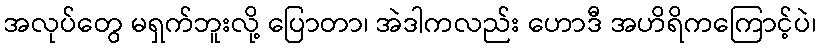
အလုပ်တွေ မရှက်ဘူးလို့ ပြောတာ၊ အဲဒါကလည်း ဟောဒီ အဟိရိကကြောင့်ပဲ၊